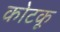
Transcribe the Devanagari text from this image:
कोटकू